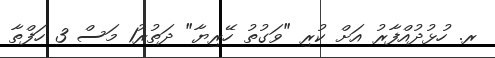
ރ. ހުޅުދުއްފާރު އަށް ކުރި "ވަގުތު ހޭރިޔާ" ދަތުރު1 މަސް 3 ހަފްތާ